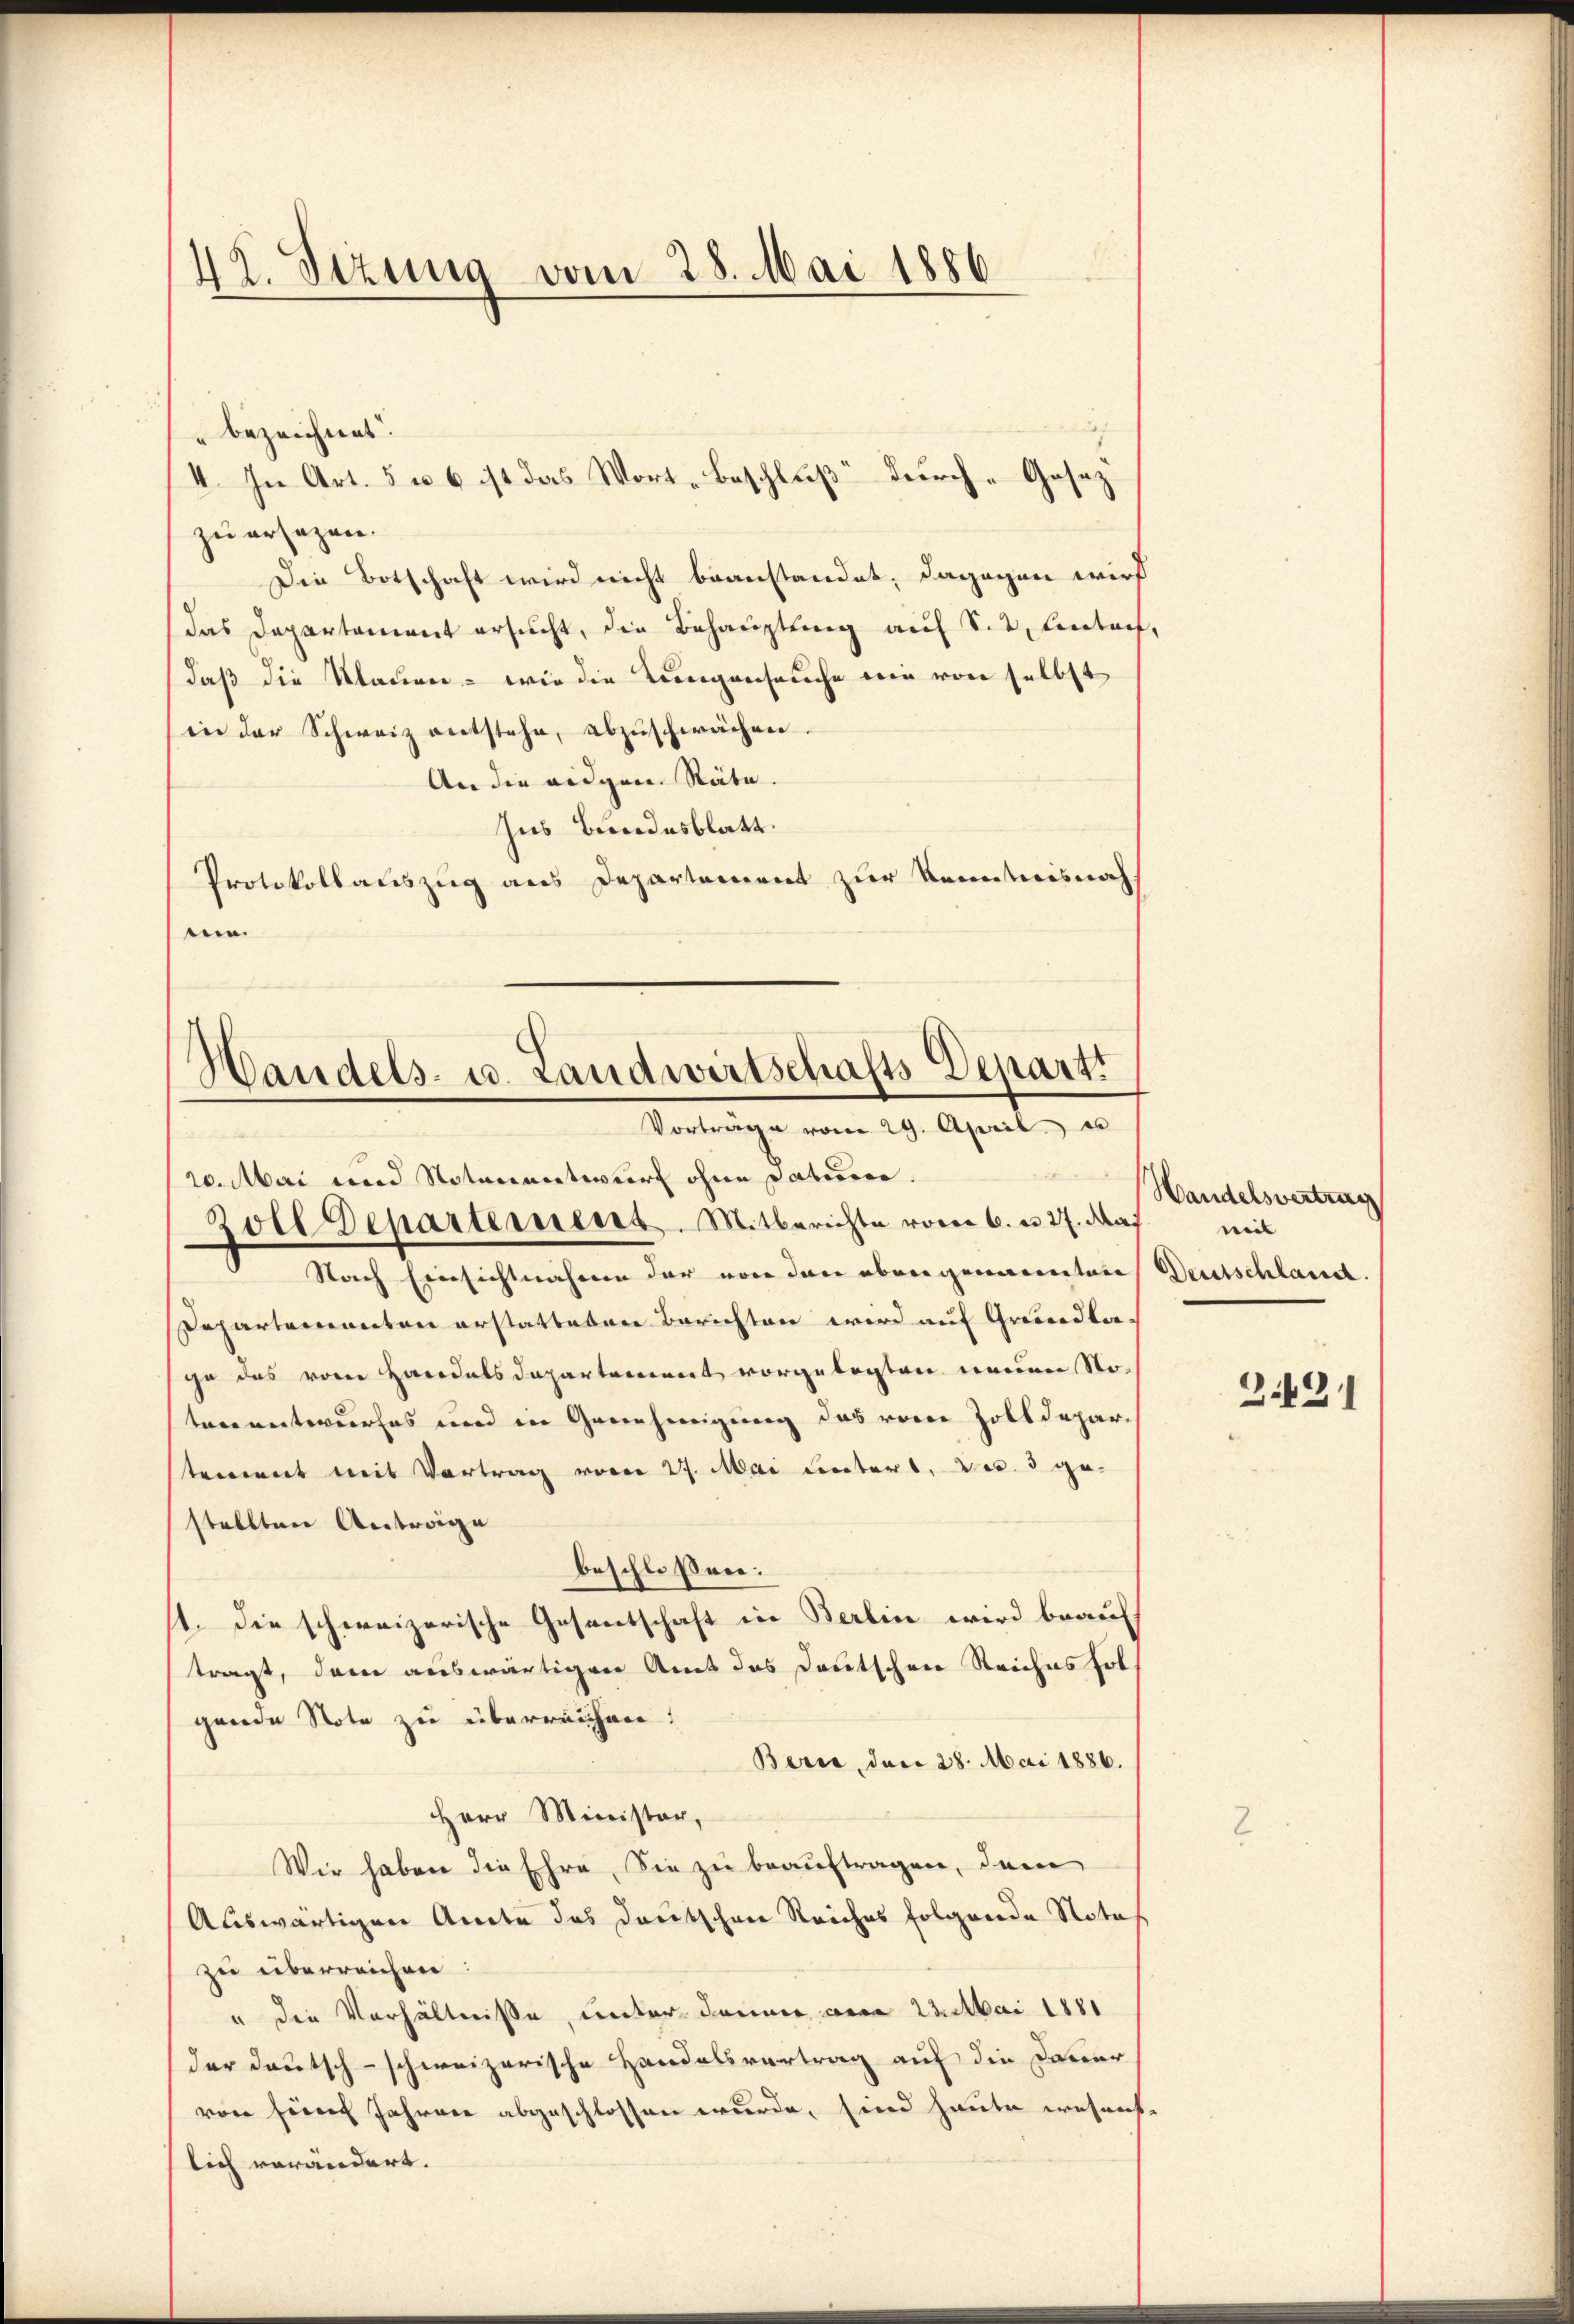
42. Sizung vom 28. Mai 1886

bezeichnet.
zu ersezen.
Die Botschaft wird nicht beanstandet, dagegen wird
das Departement ersucht, die Behauptung auf S. 2. Eintrefdaß die Klauen - wie die Lungenseuche wie von selbst
in der Schweiz entstehe, abzuschwächen.
An die eidgen. Räte.
Ins Bundesblatt.
Protokollauszug aus Departement zur Kenntnisnah
mie

4. In Art. 5 u. 6 ist das Wort-Beschlŭβ dŭrch - Gesez

¬
Handels- u. Landwirtschafts Depart
Vorträge vom 29. April.

20. Mai und Notarentwurf ohne datiren.
Zolle Departement. Mitberichte vom 6. u 27. das
 Nach Einsichtnahmen der von den obergenannten Deutschland
Pepartementen erstatteten Berichten wird auf Grundla-
ge das von Handelsdepartement vorgelegten neuen Noteneantwurfes und in Genehmigung das von Zolldepartement mit Vortrag vom 27. Mai untert, das. 3 gestellten Antrage
beschlossen:
11. Die schweizerische Gesentschaft in Berlin wird beauf
tragt, dem auswärtigen Amt das Deutschen Reiches fol-
gende Note zu überreichen.
Berne, den 28. Mai 1886.
Herr Minister,
Wir haben die Ehre, Sie zu beauftragen, dem
Auswärtigen Acte das Deutschen Reiches folgende Notar
zu überreichen:
" die Verhältnisse, unter dann am 23. Mai 1881
der Deutsch-schweizerische Handelsvertrag auf die Dauer
von seines Jahren abgeschlossen wurde, sind heute wesens
lich verändert.

Handelsvertrag
mit

2421